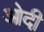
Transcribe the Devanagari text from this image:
ओदी